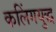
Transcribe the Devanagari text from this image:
कलिंगयुद्ध